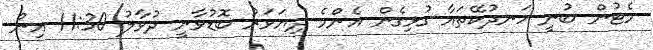
މެޓުން ބުނީ ހަނދުކޭތައާ ގުޅިގެން އެންމެ ދިޔަވަރު ބޮޑުވާނީ ދުވާލު 11:30 އިން